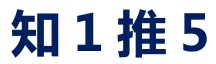
知 1 推 5